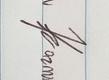
Signature authenticity: genuine